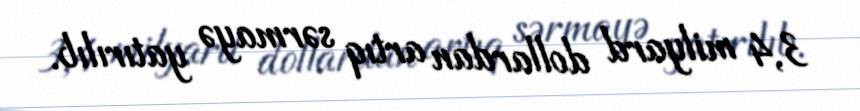
3,4 milyard dollardan artıq sərmayə yatırılıb.